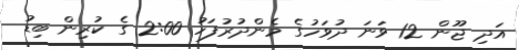
އަދި ޖޫން 12 ވަނަ ދުވަހުގެ މެންދުރުފަހު 2:00 ގެ ކުރިން ބިޑު